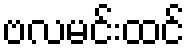
ဗလမင်းထင်